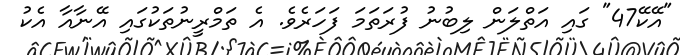
"އޭކޭ47" ގައި އަތްލަން ލިބުނު ފުރަތަމަ ފަހަރެވެ. އެ ތަމްރީނުތަކުގައި އޭނާއާ އެކު